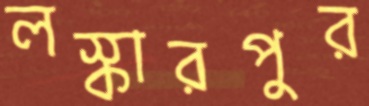
লস্কারপুর